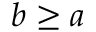
b \geq a